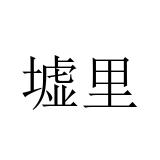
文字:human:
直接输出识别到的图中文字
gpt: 墟里